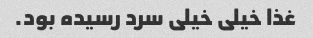
غذا خیلی خیلی سرد رسیده بود.